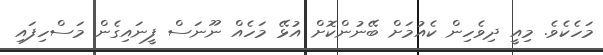
މަހެކެވެ. މިއީ ދިވެހިން ކެއުމަށް ބޭނުންކޮށް އުޅޭ މަހެއް ނޫނަސް ފީނައިގެން މަސްހިފައި